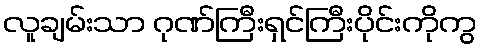
လူချမ်းသာ ဂုဏ်ကြီးရှင်ကြီးပိုင်းကိုကွ